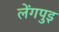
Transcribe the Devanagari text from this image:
लेंगपुइ